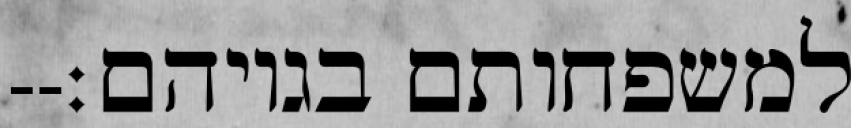
למשפחותם בגויהם׃--